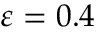
\varepsilon = 0 . 4